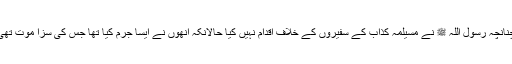
چنانچہ رسول اللہ ﷺ نے مسیلمہ کذاب کے سفیروں کے خلاف اقدام نہیں کیا حالانکہ انھوں نے ایسا جرم کیا تھا جس کی سزا موت تھی۔